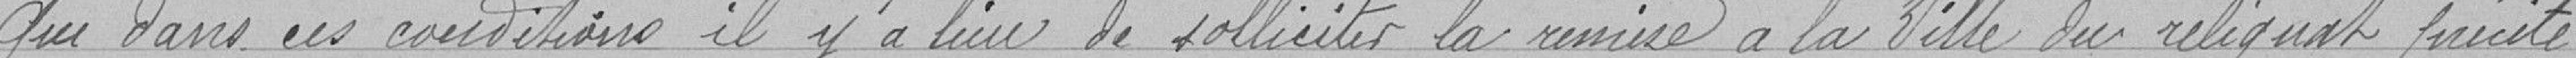
Que dans ces conditions, il y a lieu de solliciter la remise à la ville du reliquat précité